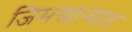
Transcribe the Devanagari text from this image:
जिमखान्यात